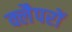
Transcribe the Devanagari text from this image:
क्लैपरों